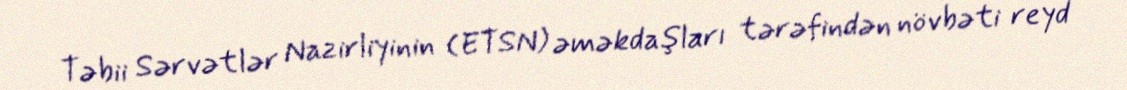
Təbii Sərvətlər Nazirliyinin (ETSN) əməkdaşları tərəfindən növbəti reyd